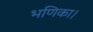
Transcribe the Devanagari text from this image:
भणिका।